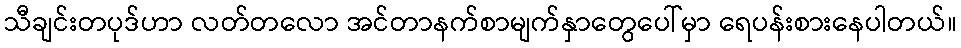
သီချင်းတပုဒ်ဟာ လတ်တလော အင်တာနက်စာမျက်နှာတွေပေါ်မှာ ရေပန်းစားနေပါတယ်။